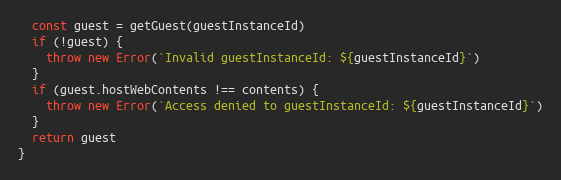
Language: JavaScript
  const guest = getGuest(guestInstanceId)
  if (!guest) {
    throw new Error(`Invalid guestInstanceId: ${guestInstanceId}`)
  }
  if (guest.hostWebContents !== contents) {
    throw new Error(`Access denied to guestInstanceId: ${guestInstanceId}`)
  }
  return guest
}